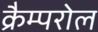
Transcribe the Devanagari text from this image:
क्रैम्परोल